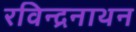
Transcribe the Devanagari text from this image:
रविन्द्रनाथन